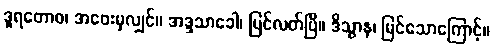
ဒူရတောဝ၊ အဝေးမှလျှင်။ အဒ္ဒသာခေါ၊ မြင်လတ်ပြီ။ ဒိသွာန၊ မြင်သောကြောင့်။